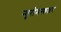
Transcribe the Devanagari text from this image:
न्यूरोमस्कलर